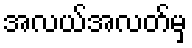
အလယ်အလတ်မှ